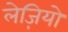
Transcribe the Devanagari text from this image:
लेज़ियो